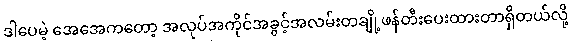
ဒါပေမဲ့ အေအေကတော့ အလုပ်အကိုင်အခွင့်အလမ်းတချို့ဖန်တီးပေးထားတာရှိတယ်လို့